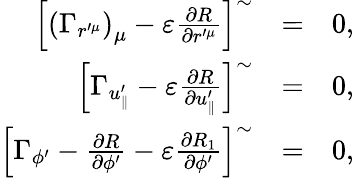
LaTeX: \begin{array}{rlr}{\left[\left(\Gamma_{r^{\prime\mu}}\right)_{\mu}-\varepsilon\frac{\partial R}{\partial r^{\prime\mu}}\right]^{\sim}}&{=}&{0,}\\ {\left[\Gamma_{u_{\parallel}^{\prime}}-\varepsilon\frac{\partial R}{\partial u_{\parallel}^{\prime}}\right]^{\sim}}&{=}&{0,}\\ {\left[\Gamma_{\phi^{\prime}}-\frac{\partial R}{\partial\phi^{\prime}}-\varepsilon\frac{\partial R_{1}}{\partial\phi^{\prime}}\right]^{\sim}}&{=}&{0,}\end{array}